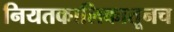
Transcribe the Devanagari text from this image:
नियतकालिकातूनच